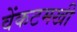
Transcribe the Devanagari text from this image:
वेंकटमखी